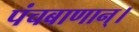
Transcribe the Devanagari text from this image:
पंचबाणान्‌।